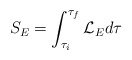
\begin{align*}S_E = \int^{\tau_f}_{\tau_i} {\cal L}_E d\tau\end{align*}